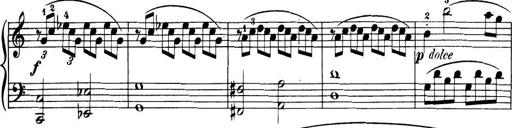
Title: 32 Sonatinas and Rondos for the Piano
Composer: Richard Kleinmichel